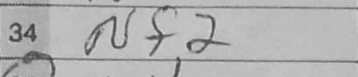
Transcription: Nf2